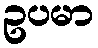
ဥပမာ